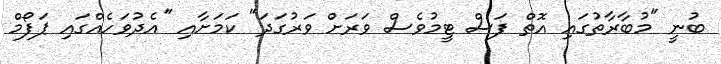
ބުނީ "މުބާރާތުގައި އޮތް ފަސް ޓީމުވެސް ވަރަށް ވަރުގަދަ" ކަމަށާއި "އެދުވަހެއްގައި ޕަފޯމް